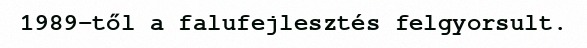
1989-től a falufejlesztés felgyorsult.